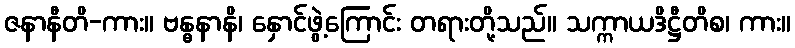
ဇနာနီတိ-ကား။ ဗန္ဓနာနိ၊ နှောင်ဖွဲ့ကြောင်း တရားတို့သည်။ သက္ကာယဒိဋ္ဌီတိစ၊ ကား။